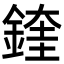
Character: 鍷